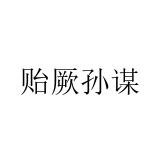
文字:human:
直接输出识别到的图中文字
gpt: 贻厥孙谋